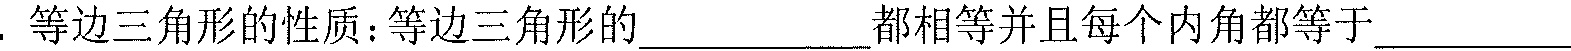
. 等边三角形的性质：等边三角形的\underline{\ \ \ \ \ \ \ \ }都相等并且每个内角都等于\underline{\ \ \ \ \ \ \ \ }